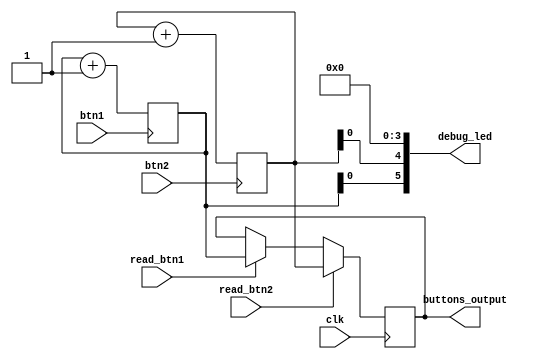
module buttons(
    input clk, //Main clk
    input btn1,
    input btn2,
    input read_btn1,
    input read_btn2,
    output reg [31:0] buttons_output, //The output from the buttons
    output [5:0] debug_led
);

assign debug_led[5] = btn1_counter[0];
assign debug_led[4] = btn2_counter[0];
assign debug_led[3:0] = 3'd0;

reg [31:0] btn1_counter = 32'd0;
reg [31:0] btn2_counter = 32'd0;

`ifdef TESTBENCH
initial begin
    btn1_counter <= 32'd6348;
    btn2_counter <= 32'd123456;
end
`endif


always @(posedge btn1) begin
    btn1_counter <= btn1_counter+1;
end

always @(posedge btn2) begin
    btn2_counter <= btn2_counter+1;
end

always @(posedge clk) begin
    if(read_btn1) begin
        buttons_output <= btn1_counter;
    end
    
    if(read_btn2) begin
        buttons_output <= btn2_counter;
    end

end

endmodule